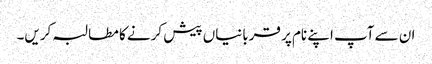
ان سے آپ اپنے نام پر قربانیاں پیش کرنے کا مطالبہ کریں۔